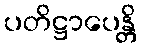
ပတိဋ္ဌာပေန္တိ